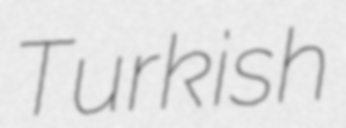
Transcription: Turkish